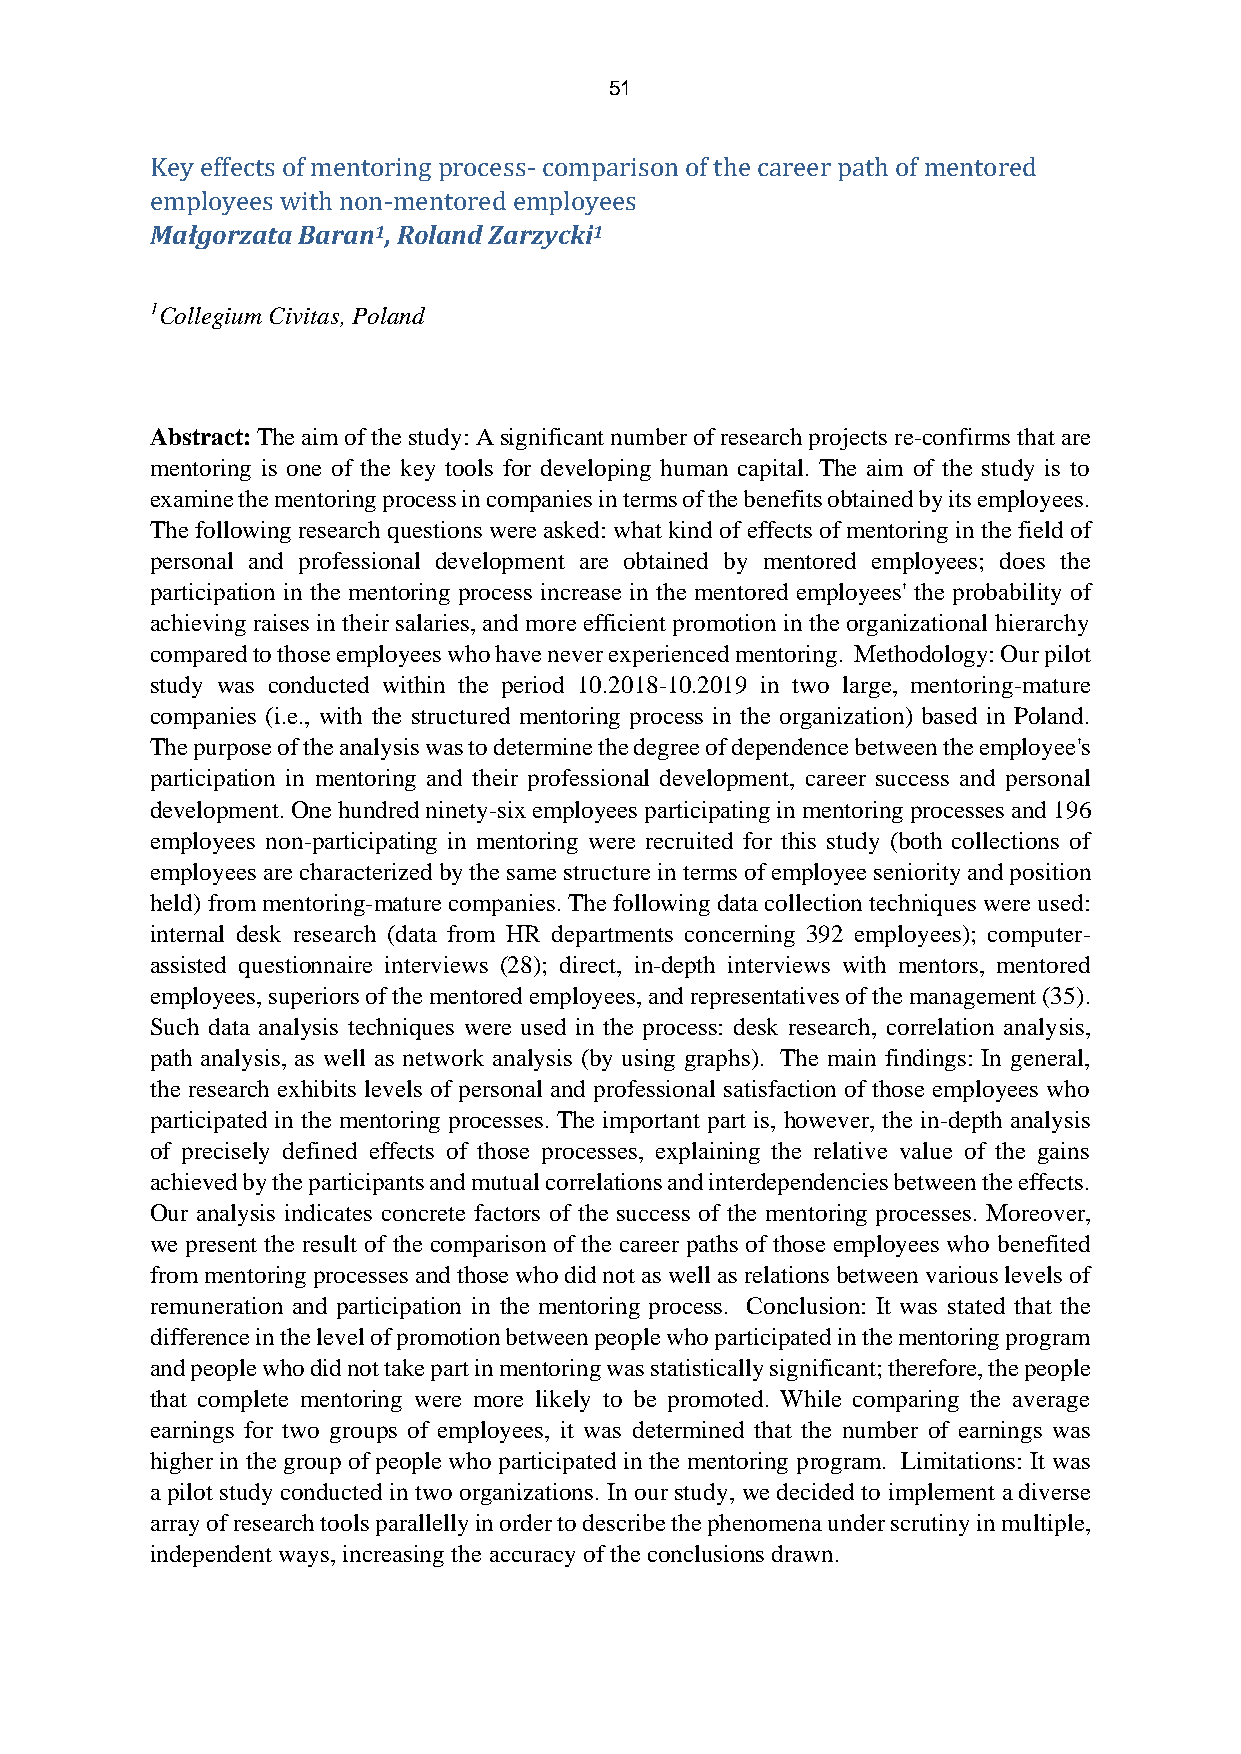
51
 Key effects of mentoring process- comparison of the career path of mentored
 employees with non-mentored employees
 Małgorzata Baran1, Roland Zarzycki1
 1Collegium Civitas, Poland
 Abstract: The aim of the study: A significant number of research projects re-confirms that are
 mentoring is one of the key tools for developing human capital. The aim of the study is to
 examine the mentoring process in companies in terms of the benefits obtained by its employees.
 The following research questions were asked: what kind of effects of mentoring in the field of
 personal and professional development are obtained by mentored employees; does the
 participation in the mentoring process increase in the mentored employees' the probability of
 achieving raises in their salaries, and more efficient promotion in the organizational hierarchy
 compared to those employees who have never experienced mentoring. Methodology: Our pilot
 study was conducted within the period 10.2018-10.2019 in two large, mentoring-mature
 companies (i.e., with the structured mentoring process in the organization) based in Poland.
 The purpose of the analysis was to determine the degree of dependence between the employee's
 participation in mentoring and their professional development, career success and personal
 development. One hundred ninety-six employees participating in mentoring processes and 196
 employees non-participating in mentoring were recruited for this study (both collections of
 employees are characterized by the same structure in terms of employee seniority and position
 held) from mentoring-mature companies. The following data collection techniques were used:
 internal desk research (data from HR departments concerning 392 employees); computer-
 assisted questionnaire interviews (28); direct, in-depth interviews with mentors, mentored
 employees, superiors of the mentored employees, and representatives of the management (35).
 Such data analysis techniques were used in the process: desk research, correlation analysis,
 path analysis, as well as network analysis (by using graphs). The main findings: In general,
 the research exhibits levels of personal and professional satisfaction of those employees who
 participated in the mentoring processes. The important part is, however, the in-depth analysis
 of precisely defined effects of those processes, explaining the relative value of the gains
 achieved by the participants and mutual correlations and interdependencies between the effects.
 Our analysis indicates concrete factors of the success of the mentoring processes. Moreover,
 we present the result of the comparison of the career paths of those employees who benefited
 from mentoring processes and those who did not as well as relations between various levels of
 remuneration and participation in the mentoring process. Conclusion: It was stated that the
 difference in the level of promotion between people who participated in the mentoring program
 and people who did not take part in mentoring was statistically significant; therefore, the people
 that complete mentoring were more likely to be promoted. While comparing the average
 earnings for two groups of employees, it was determined that the number of earnings was
 higher in the group of people who participated in the mentoring program. Limitations: It was
 a pilot study conducted in two organizations. In our study, we decided to implement a diverse
 array of research tools parallelly in order to describe the phenomena under scrutiny in multiple,
 independent ways, increasing the accuracy of the conclusions drawn.